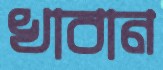
খাবান